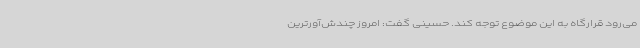
می‌رود قرارگاه به این موضوع توجه کند. حسینی گفت: امروز چندش‌آورترین